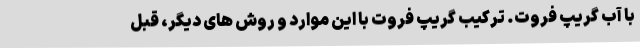
با آب گریپ فروت. ترکیب گریپ فروت با این موارد و روش های دیگر، قبل